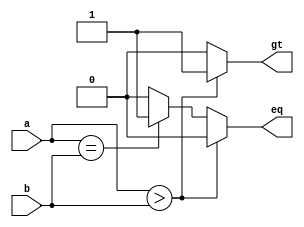
// Listing A.6
module compare_with_default
   (
    input wire a, b,
    output reg gt, eq
   );

   // - use @* to include all inputs in sensitivity list
   // - assign each output with a default value
   always @*
   begin
      gt = 1'b0;  // default value for gt
      eq = 1'b0;  // default value for eq
      if (a > b)
         gt = 1'b1;
      else if (a == b)
         eq = 1'b1;
   end

endmodule